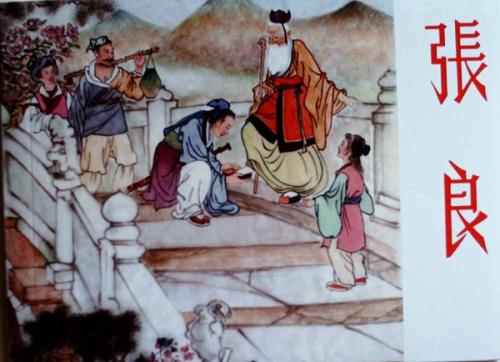
运筹策帷帐之中，决胜于千里之外。